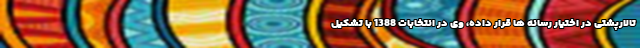
تالارپشتی در اختیار رسانه ها قرار داده، وی در انتخابات 1388 با تشکیل